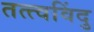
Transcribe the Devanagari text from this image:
तत्त्वविंदु